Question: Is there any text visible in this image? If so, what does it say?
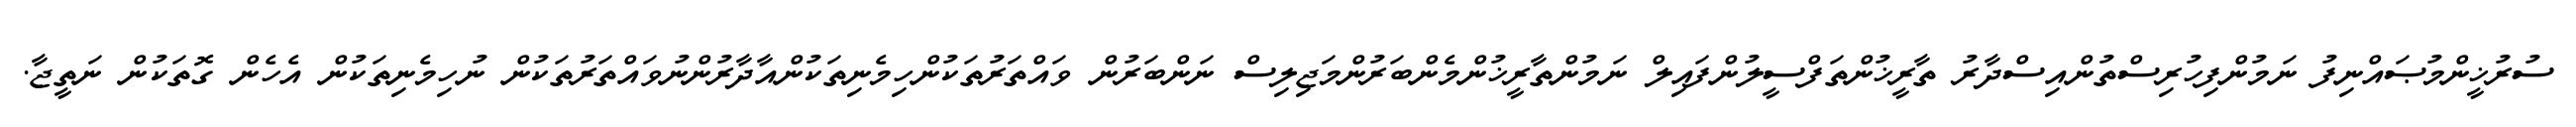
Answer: ސުރުޚީންމުޞައްނިފު ނަމުންފިހުރިސްތުންއިސްދާރު ތާރީޚުންތަފްސީލުންފައިލް ނަމުންތާރީޚުންމެންބަރުންމަޖިލިސް ނަންބަރުން ވައްތަރުތަކުންހިމެނިތަކުންއާދާރުންނުވައްތަރުތަކުން ނުހިމެނިތަކުން އެހެން ގޮތަކުން ނަތީޖާ.